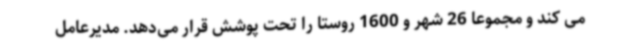
می کند و مجموعا 26 شهر و 1600 روستا را تحت پوشش قرار می‌دهد. مدیرعامل